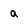
Character: q